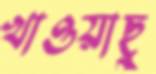
খাওয়াছু